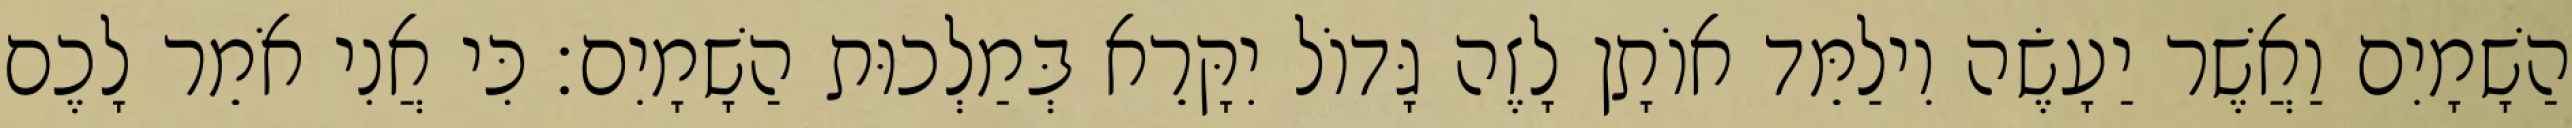
הַשָׁמָיִם וַאֲשֶׁר יַעָשֶׂה וִילַמֵּד אוֹתָן לָזֶה גָּדוֹל יִקָּרֵא בְּמַלְכוּת הַשָׁמָיִם׃ כִּי אֲנִי אֹמֵר לָכֶם